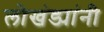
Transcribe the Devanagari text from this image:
लोखंड्यांनी